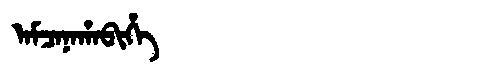
Manchu: ᠠᠮᠴᠠᠨᠠᡥᠠᠪᡳᡥᡝ
Romanization: AMCANAHABIHE